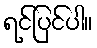
ရင်ပြင်ပါ။